Insane asylums Bombay 1873-77 - 1873-1877
Year: 1873
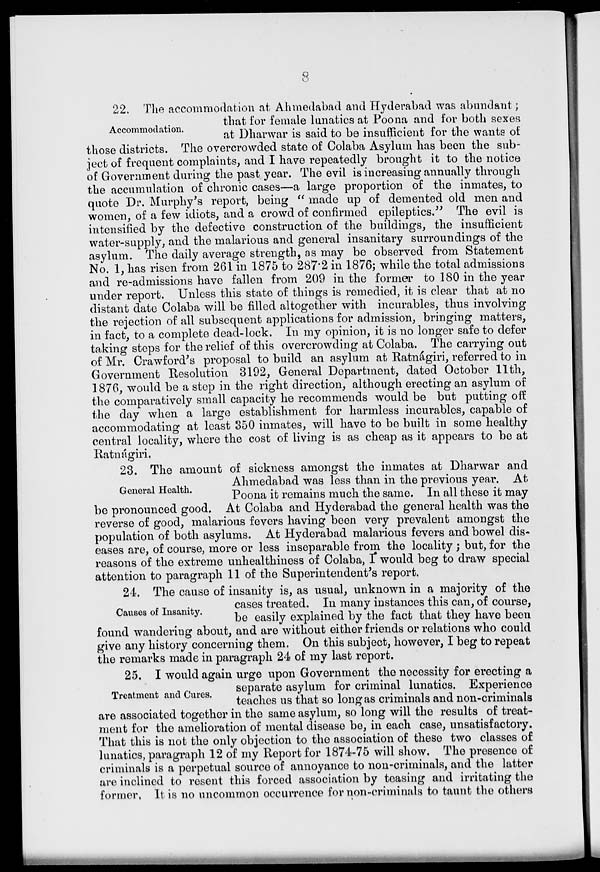
8
Accommodation.
22. The accommodation at Ahmedabad and Hyderabad was abundant ;
that for female lunatics at Poona and for both sexes
at Dharwar is said to be insufficient for the wants of
those districts. The overcrowded state of Colaba Asylum has been the sub-
ject of frequent complaints, and I have repeatedly brought it to the notice
of Government during the past year. The evil is increasing annually through
the accumulation of chronic cases—a large proportion of the inmates, to
quote Dr. Murphy's report, being " made up of demented old men and
women, of a few idiots, and a crowd of confirmed epileptics." The evil is
intensified by the defective construction of the buildings, the insufficient
water-supply, and the malarious and general insanitary surroundings of the
asylum. The daily average strength, as may be observed from Statement
No. 1, has risen from 261 in 1875 to 287.2 in 1876; while the total admissions
and re-admissions have fallen from 209 in the former to 180 in the year
under report. Unless this state of things is remedied, it is clear that at no
distant date Colaba will be filled altogether with incurables, thus involving
the rejection of all subsequent applications for admission, bringing matters,
in fact, to a complete dead-lock. In my opinion, it is no longer safe to defer
taking steps for the relief of this overcrowding at Colaba. The carrying out
of Mr. Crawford's proposal to build an asylum at Ratnágiri, referred to in
Government Resolution 3192, General Department, dated October 11th,
1876, would be a step in the right direction, although erecting an asylum of
the comparatively small capacity he recommends would be but putting off
the day when a large establishment for harmless incurables, capable of
accommodating at least 350 inmates, will have to be built in some healthy
central locality, where the cost of living is as cheap as it appears to be at
Ratnágiri.
General Health.
23. The amount of sickness amongst the inmates at Dharwar and
Ahmedabad was less than in the previous year. At
Poona it remains much the same. In all these it may
be pronounced good. At Colaba and Hyderabad the general health was the
reverse of good, malarious fevers having been very prevalent amongst the
population of both asylums. At Hyderabad malarious fevers and bowel dis-
eases are, of course, more or less inseparable from the locality ; but, for the
reasons of the extreme unhealthiness of Colaba, I would beg to draw special
attention to paragraph 11 of the Superintendent's report.
Causes of Insanity.
24. The cause of insanity is, as usual, unknown in a majority of the
cases treated. In many instances this can, of course,
be easily explained by the fact that they have been
found wandering about, and are without either friends or relations who could
give any history concerning them. On this subject, however, I beg to repeat
the remarks made in paragraph 24 of my last report.
Treatment and Cures.
25. I would again urge upon Government the necessity for erecting a
separate asylum for criminal lunatics. Experience
teaches us that so long as criminals and non-criminals
are associated together in the same asylum, so long will the results of treat-
ment for the amelioration of mental disease be, in each case, unsatisfactory.
That this is not the only objection to the association of these two classes of
lunatics, paragraph 12 of my Report for 1874-75 will show. The presence of
criminals is a perpetual source of annoyance to non-criminals, and the latter
are inclined to resent this forced association by teasing and irritating the
former, It is no uncommon occurrence for non-criminals to taunt the others